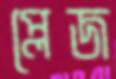
প্লেজ